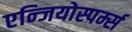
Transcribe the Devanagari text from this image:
एन्जियोस्पर्म्स